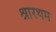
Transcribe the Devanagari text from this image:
श्रारथम